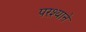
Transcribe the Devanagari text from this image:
परश्याने